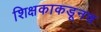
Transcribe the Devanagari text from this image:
शिक्षकाकडूनच